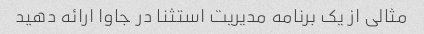
مثالی از یک برنامه مدیریت استثنا در جاوا ارائه دهید